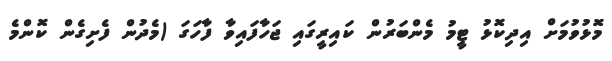
މޮޅުވުމަށް އިދިކޮޅު ޓީމު މެންބަރުން ކައިރީގައި ޖަހާފައިވާ ފާހަގަ (މެދުން ފެށިގެން ކޮންމެ